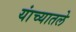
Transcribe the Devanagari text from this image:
यांच्यातले